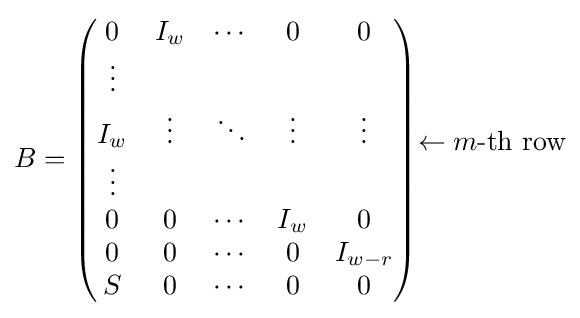
B={\begin{pmatrix}0&I_{w}&\cdots &0&0\\\vdots &&&&\\I_{w}&\vdots &\ddots &\vdots &\vdots \\\vdots &&&&\\0&0&\cdots &I_{w}&0\\0&0&\cdots &0&I_{w-r}\\S&0&\cdots &0&0\end{pmatrix}}{\begin{matrix}\\\\\leftarrow m{\text{-th row}}\\\\\\\\\end{matrix}}